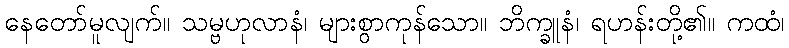
နေတော်မူလျက်။ သမ္ဗဟုလာနံ၊ များစွာကုန်သော။ ဘိက္ခူနံ၊ ရဟန်းတို့၏။ ကထံ၊